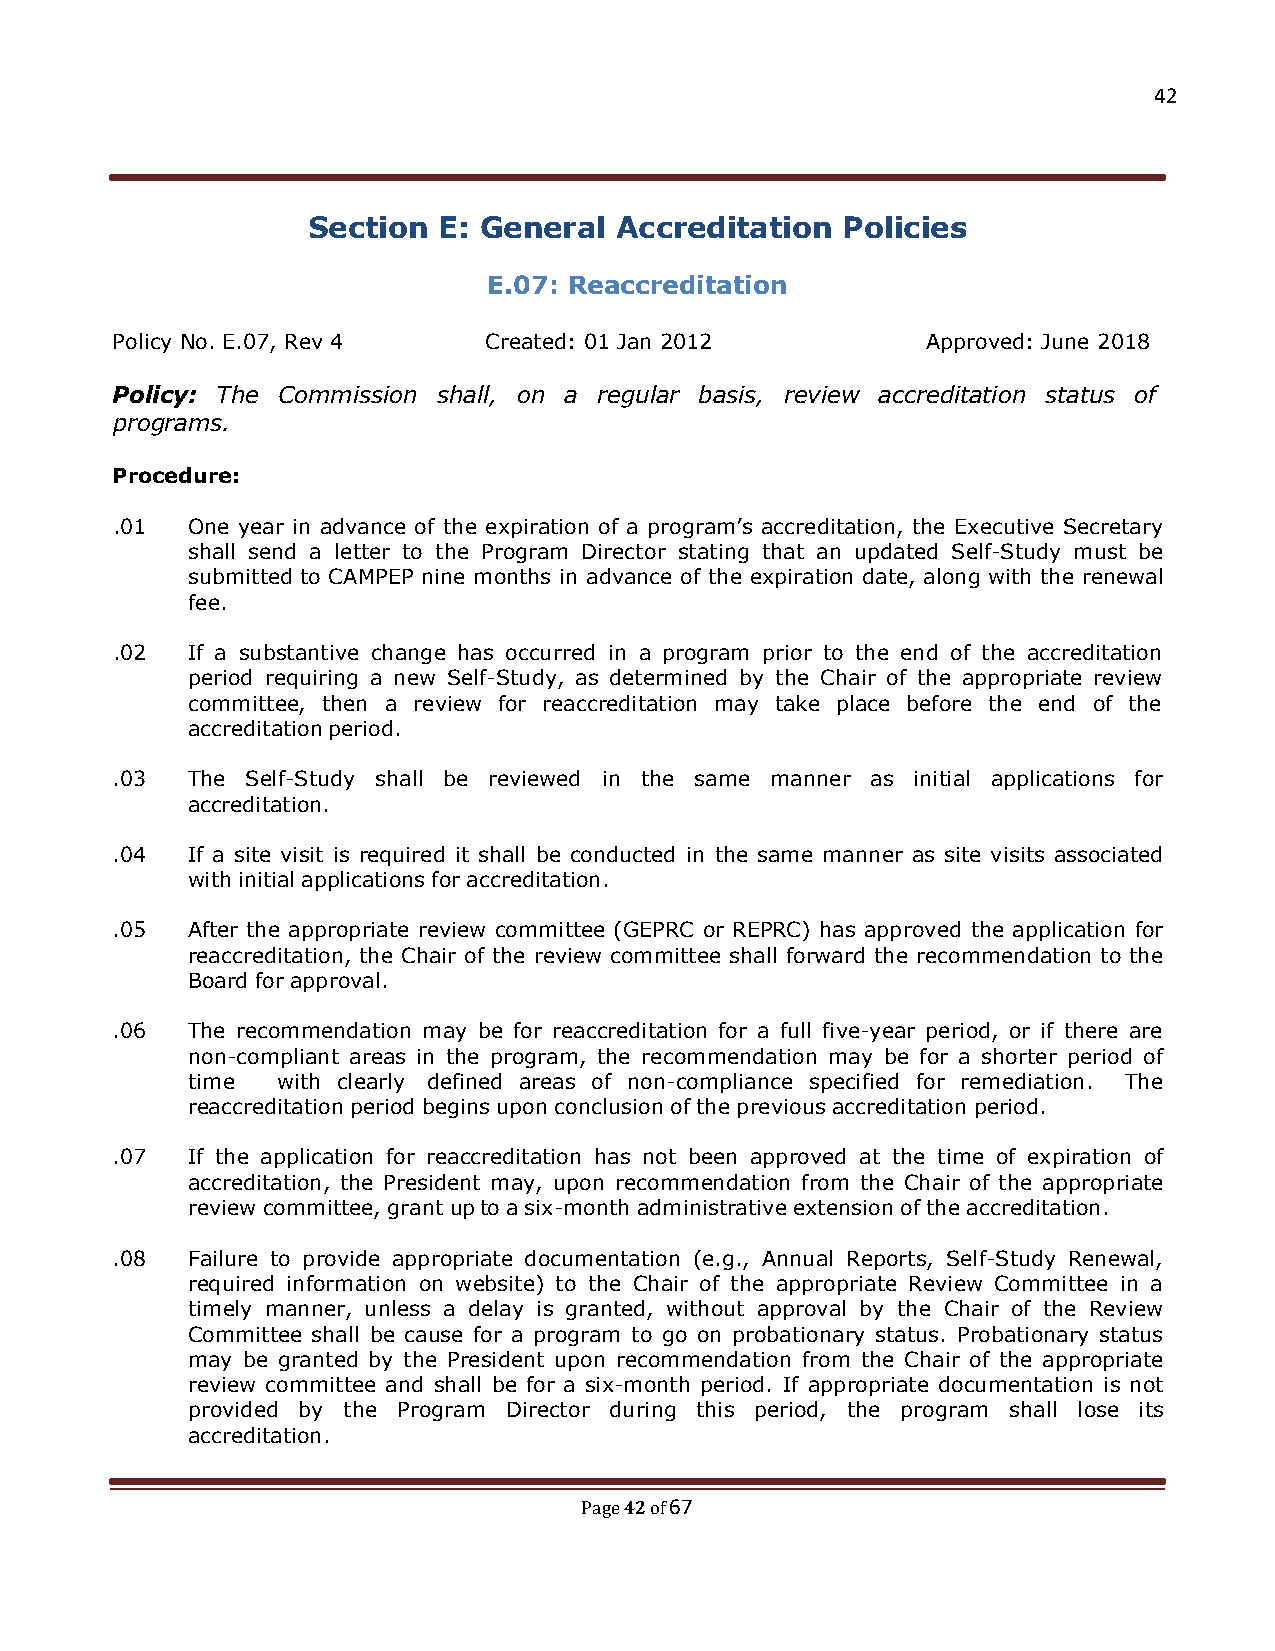
42
 Section  E: General  Accreditation  Policies
 E.07: Reaccreditation
 Policy No. E.07, Rev 4   Created: 01 Jan 2012         Approved: June 2018
 Policy: The Commission shall, on a regular basis, review accreditation status of
 programs.
 Procedure:
 .01  One year in advance of the expiration of a program’s accreditation, the Executive Secretary
 shall send a letter to the Program Director stating that an updated Self-Study must be
 submitted to CAMPEP nine months in advance of the expiration date, along with the renewal
 fee.
 .02  If a substantive change has occurred in a program prior to the end of the accreditation
 period requiring a new Self-Study, as determined by the Chair of the appropriate review
 committee, then a review for reaccreditation may take place before the end of the
 accreditation period.
 .03  The Self-Study shall be reviewed in the same manner as initial applications for
 accreditation.
 .04  If a site visit is required it shall be conducted in the same manner as site visits associated
 with initial applications for accreditation.
 .05  After the appropriate review committee (GEPRC or REPRC) has approved the application for
 reaccreditation, the Chair of the review committee shall forward the recommendation to the
 Board for approval.
 .06  The recommendation may be for reaccreditation for a full five-year period, or if there are
 non-compliant areas in the program, the recommendation may be for a shorter period of
 time  with clearly defined areas of non-compliance specified for remediation. The
 reaccreditation period begins upon conclusion of the previous accreditation period.
 .07  If the application for reaccreditation has not been approved at the time of expiration of
 accreditation, the President may, upon recommendation from the Chair of the appropriate
 review committee, grant up to a six-month administrative extension of the accreditation.
 .08  Failure to provide appropriate documentation (e.g., Annual Reports, Self-Study Renewal,
 required information on website) to the Chair of the appropriate Review Committee in a
 timely manner, unless a delay is granted, without approval by the Chair of the Review
 Committee shall be cause for a program to go on probationary status. Probationary status
 may be granted by the President upon recommendation from the Chair of the appropriate
 review committee and shall be for a six-month period. If appropriate documentation is not
 provided by the Program Director during this period, the program shall lose its
 accreditation.
 42 67
 Page of